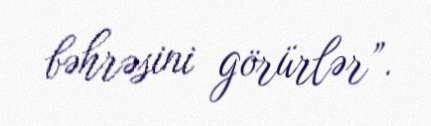
bəhrəsini görürlər”.